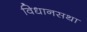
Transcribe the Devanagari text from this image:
विधानसथा